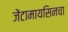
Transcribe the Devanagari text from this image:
जेंटामायसिनचा